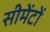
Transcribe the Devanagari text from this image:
सीमेंटों